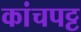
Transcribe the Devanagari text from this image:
कांचपट्ट